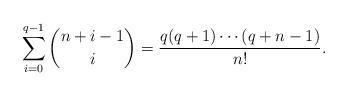
LaTeX: \begin{align*}\sum_{i=0}^{q-1}\binom{n+i-1}{i}=\frac{q(q+1)\cdots (q+n-1)}{n!}.\end{align*}